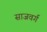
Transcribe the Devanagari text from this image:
साजवर्ग